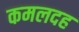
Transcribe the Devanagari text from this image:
कमलदह